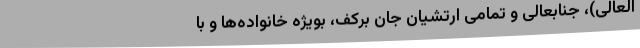
العالی)، جنابعالی و تمامی ارتشیان جان برکف، بویژه خانواده‌ها و با